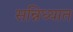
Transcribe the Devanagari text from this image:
सन्निध्यात